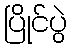
ပြိုင်ပွဲ